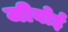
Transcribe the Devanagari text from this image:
जीबोई